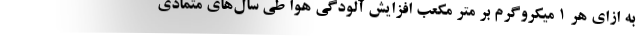
به ازای هر ۱ میکروگرم بر متر مکعب افزایش آلودگی هوا طی سال‌های متمادی